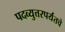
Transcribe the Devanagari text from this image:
पदव्युत्तरपर्यंतचे